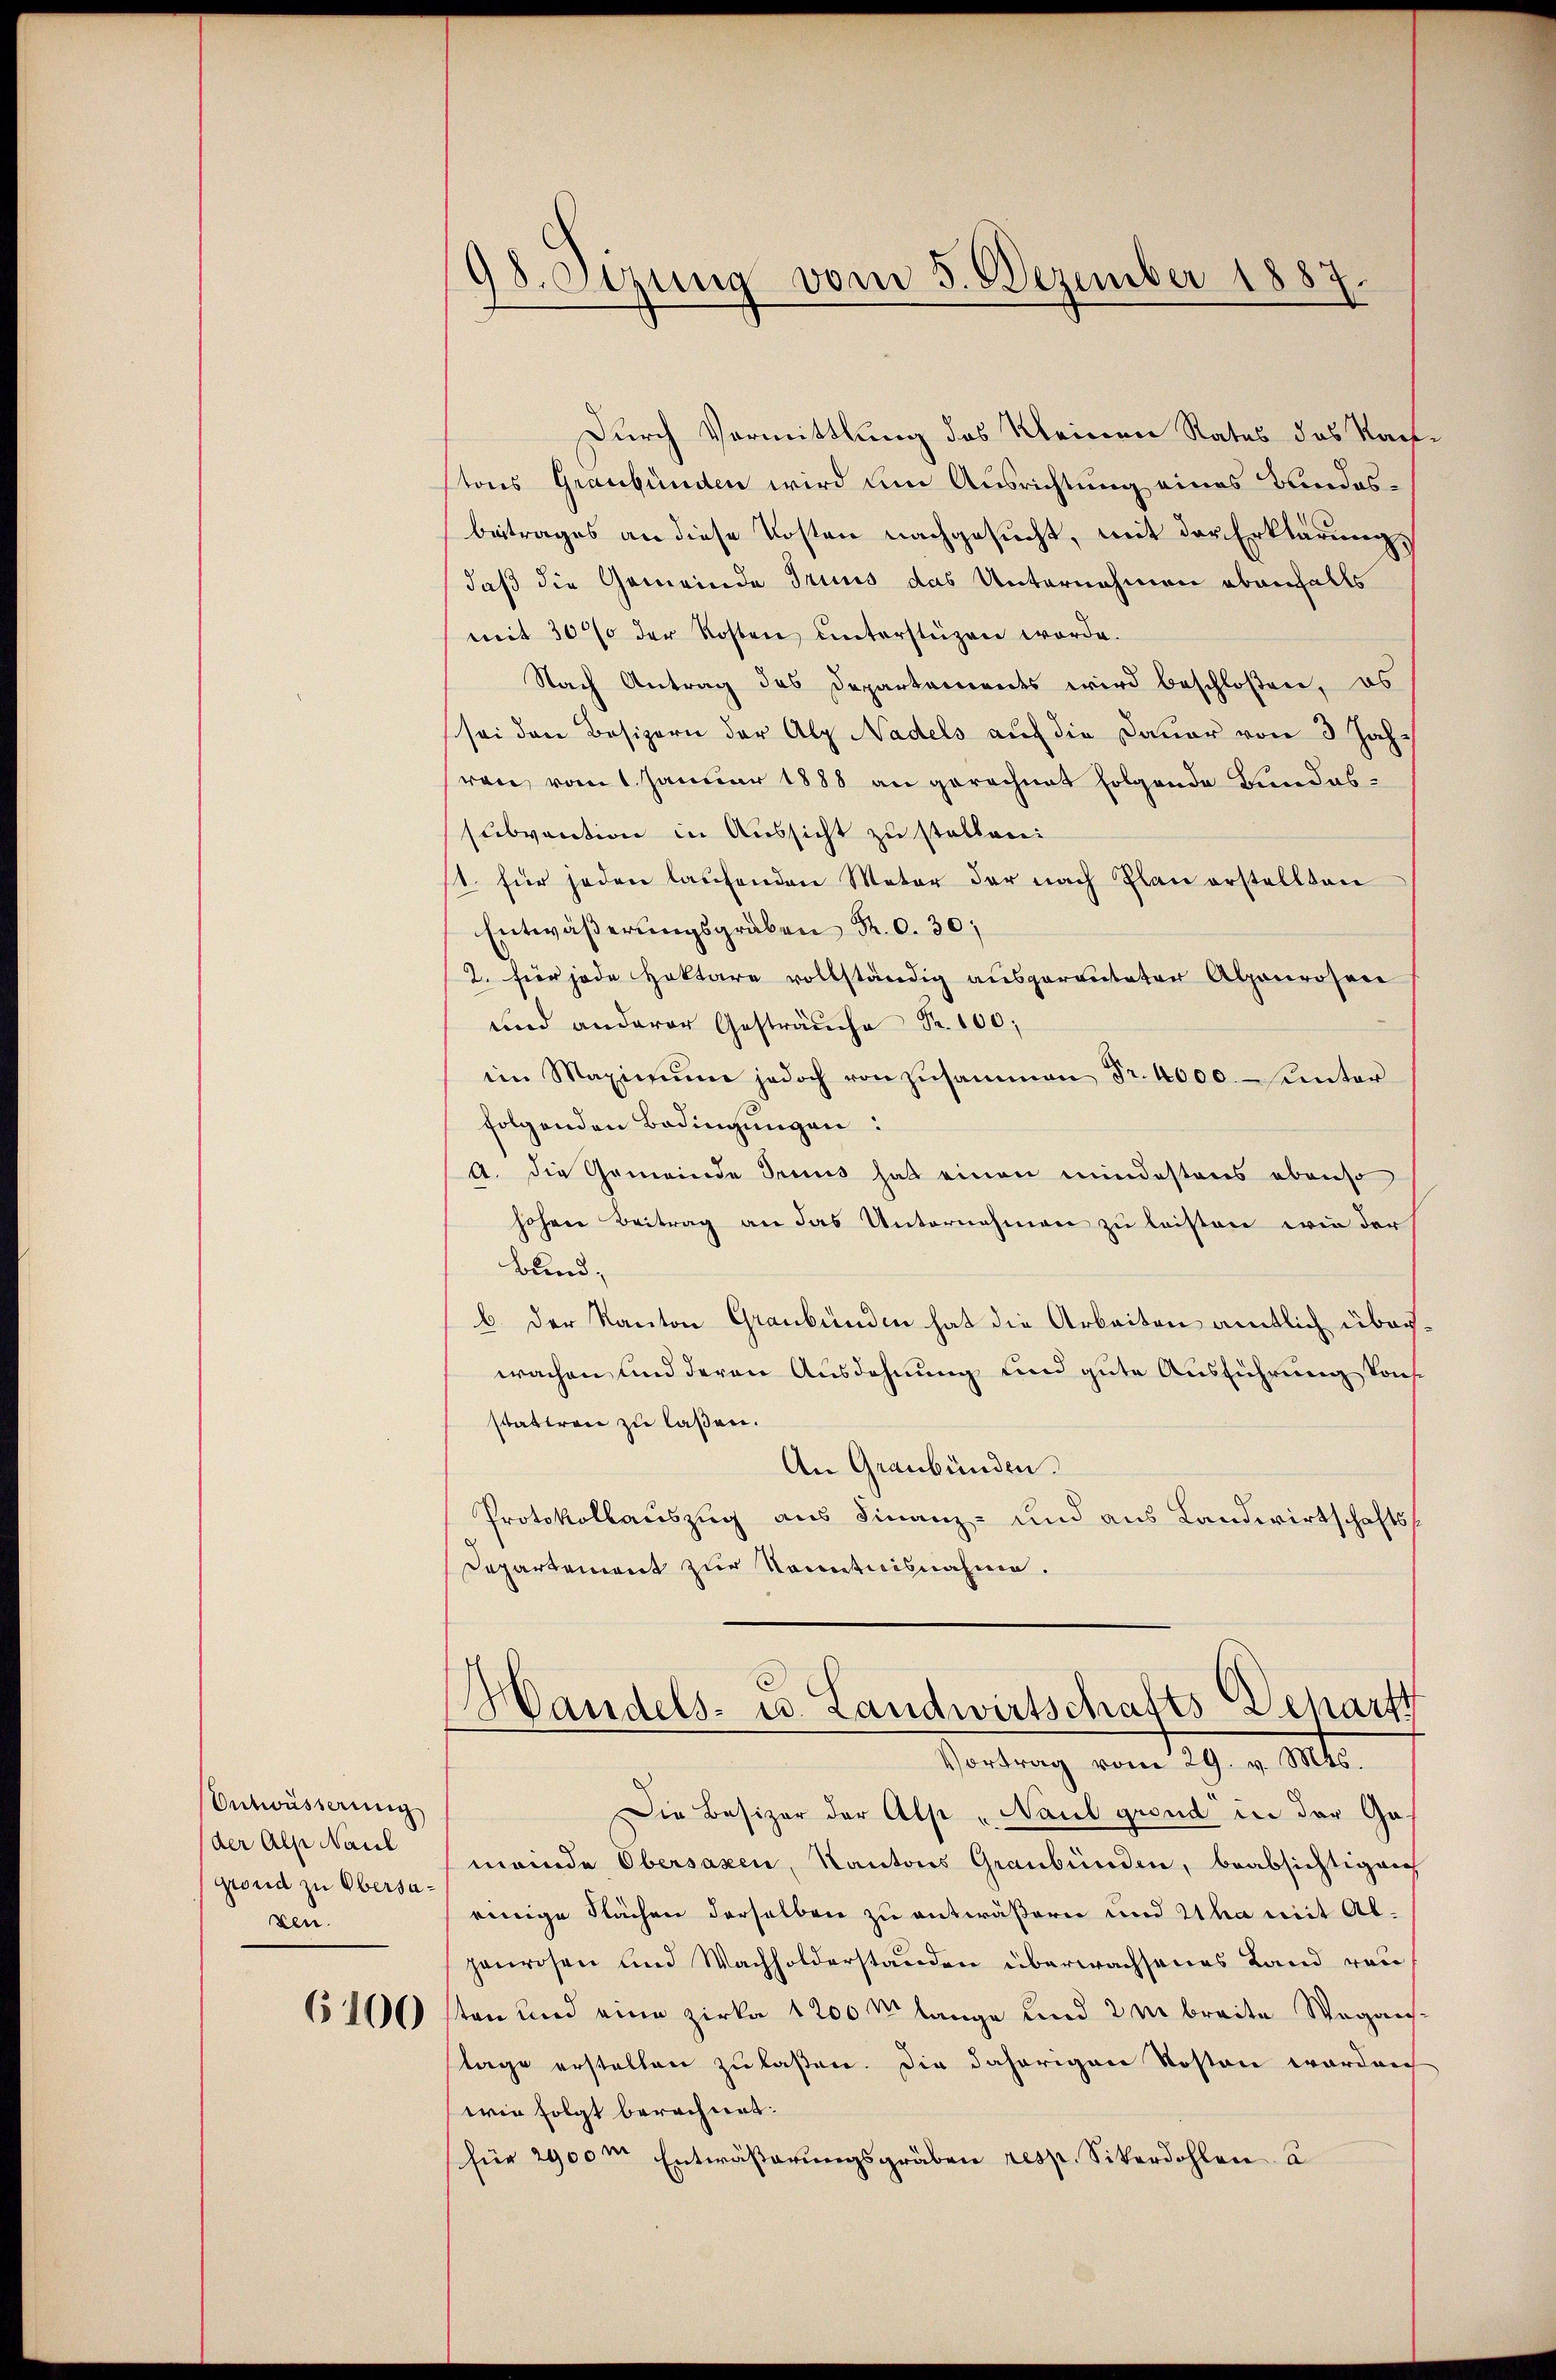
Entwässerung
der Alp Naul
grond zu Obersazen.

6100

98. Sizung vom 5. Dezember 1887.

Durch Vormittlung des Kleinen Rates des Nach
tons Graubünden wird um Ausrichtung eines Bundesbeitrages an diese Kosten nachgesucht, mit der Erklärung,
daß die Gemeinde Trius das Unternehmen ebenfalls
mit 30% der Kosten unterstüzen worde.
Nach Antrag des Departements wird beschloßen, es
sei den Besizern der Alp Nadels auf die Dauer von 3 Jahren vom 1. Januar 1888 an gerechnet folgende Bundessubvention in Aussicht zu stellen:
1. für jeden laufenden Mater der nach Plan erstellten
Entwäßerungsgraben Fr. c. 30
2. für jede Hottare vollständig ausgereuteter Alpenrosen
und anderer Gesträuche Fr. 100;
ii Maximŭm jedoch von zusammen Fr. 4000. unter
folgenden Bedingungen:
A. die Gemeinde Trius hat einen mindestens ebenso
hohen Beitrag an das Unternehmen zu leisten wie der
Bund
b. Der Kanton Graubünden hat die Arbeiten amtlich überwachen und deren Ausdehnung und gute Ausführung konsstatten zu laßen.
An Graubünden.
Protokollauszug aus Finanz- und aus Landwirtschafts¬
Departement zur Kenntnisnahme.

Handels- u. Landwirtschafts Scharft
Vortrag vom 29. v. Mts.

Die Besizer der Alp „Naul grand in der Gameinde Obersaxen, Kantons Graubünden, beabsichtigen
einige Flächen derselben zu antwässern und ha mit Abpenrosen und Wachholderstanden überwachsenes Land von
ten und eine Zirka 1200 m lange und 2 m breite Weganstage erstellen zu laßen. Die daherigen Kosten worden
wie folgt berechnet:
für 2900m Entwässerungsgräben resp. Sikerdohlen a